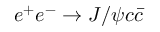
e ^ { + } e ^ { - } \to J / \psi c \bar { c }